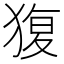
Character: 𤟱